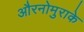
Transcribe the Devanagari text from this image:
औरनोमुराके